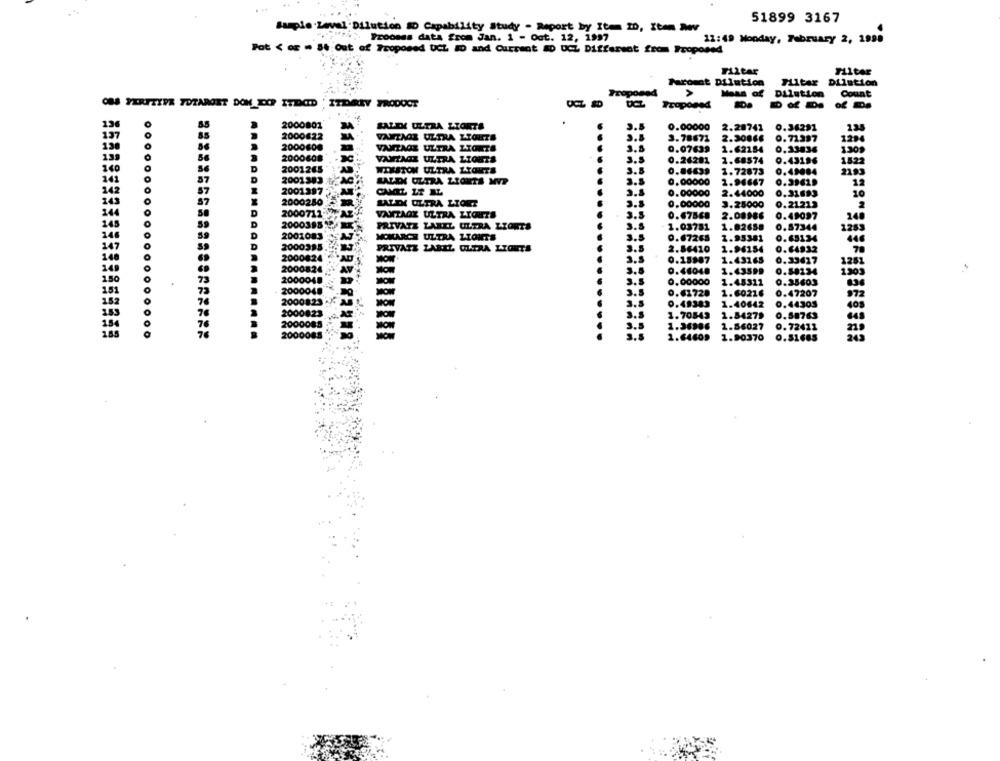
51899 3167
Sample.Zeval Dilution SD Capability Study - Report by It= ID, Item Nev
Proonss data from Jan. 1 - Oct. 12, 1997
11:49 Monday, February 2, 1998
Pot < og = 54 Out of Proposed UCL ID and Current RD UCZ Different from Proposed
Filter
Filter
Faromnt Dilution
Filtar Dilution
Troponsd
Maas of
Dilation
Count
OBS YERITIPA TOTARGET DON DOP ITDOID ' ITEMREY PRODUCT
Proposed
13
2000801
SALEK ULTRA ZZOKTA
3.5
0.00000
2.28742
0.36291
2000622
VANTAOS ULTRA LIGHTS
3.8
3.78672
2.30066
0.71387
1294
138
2000600
VANTAGE ULTRA LIGHTS
3.8
0.07639
1.621.54
0.33836
1309
139
2000608
VANTAGE ULTRA LIGHTS
3.5
0.26281
2.68$74
0.43196
2001265
1822
D
WIRSTON ULTRA LYONTA
3.8
0.86639
1.72873
0.49004
2183
D
2001383
3.5
0,00000
2.96667
0.39619
2001397
0.00000
2.44000
0.31693
10
2000250
SALEK ULTRA LIOET
3.5
0.00000
3.25000
0.21213
344
2000711
3.5
VAZAGK ULTRA LIGHTS
0.675CB
2.08986
0.49097
248
D
PRIVATE LABEL ULTRA LIGHTS
3.8
1.03751
1.82658
0.57344
1265
D
2001083
MONARCH ULTRA LIONTS
3.5
9.67265
1.95381
0.65134
PRIVATE LABEL OLTRA LYONTS
3.5
2.56410
1.96154
0.64932
2000824
0.15987
1.43165
0.33617
2000824
3.5
1267
3.8
0.46048
1.43599
0.50134
1905
2000048
0.00000
1.45311
0.35603
2000048
3.5
0.61728
1.60216
0.47207
2000823
3.5
0.49383
1.40642
0.44305
O
2000823
AT
3.
1.70543
1.54279
0.58763
2000085
3.5
1.36986
1.86027
0.72411
2000088
3.5
0.51685
1.64609
1.90370